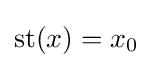
\operatorname {st} (x)=x_{0}